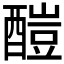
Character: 𨢉